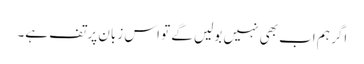
اگر ہم اب بھی نہیں بولیں گے تو اس زبان پر تف ہے۔